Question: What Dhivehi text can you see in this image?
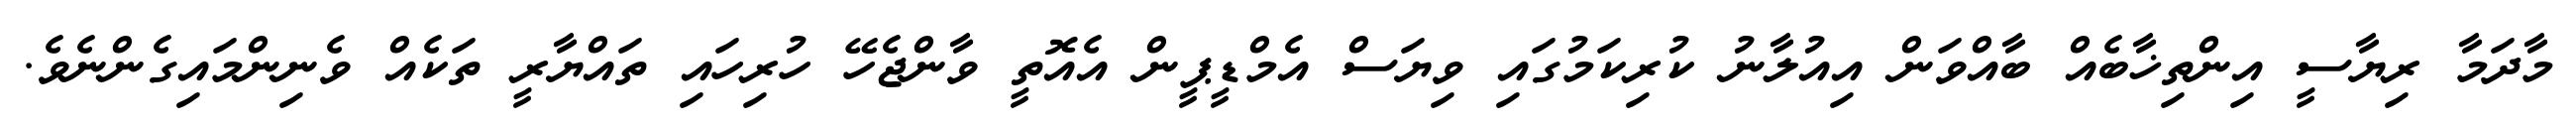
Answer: މާދަމާ ރިޔާސީ އިންތިޚާބެއް ބާއްވަން އިއުލާނު ކުރިކަމުގައި ވިޔަސް އެމްޑީޕީން އެއޮތީ ވާންޖެހޭ ހުރިހައި ތައްޔާރީ ތަކެއް ވެނިންމައިގެންނެވެ.